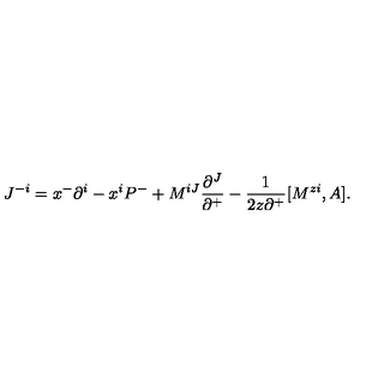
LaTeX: J ^ { - i } = x ^ { - } \partial ^ { i } - x ^ { i } P ^ { - } + M ^ { i J } \frac { \partial ^ { J } } { \partial ^ { + } } - \frac { 1 } { 2 z \partial ^ { + } } [ M ^ { z i } , A ] .